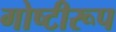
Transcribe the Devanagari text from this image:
गोष्टीरूप